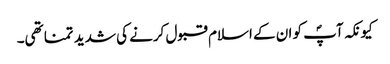
کیونکہ آپؐ کو ان کے اسلام قبول کرنے کی شدید تمنا تھی۔